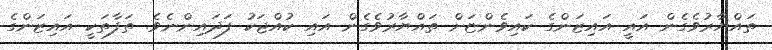
ތައްޔާރުވެގެން އައީ އައިޒަންގެ ކައިވެންޏަށް ތައްޔާރުވެގެން އައި ކުއްޖަކު ފަދައިންނެވެ. ތަފާތަކީ އައިޒަންގެ